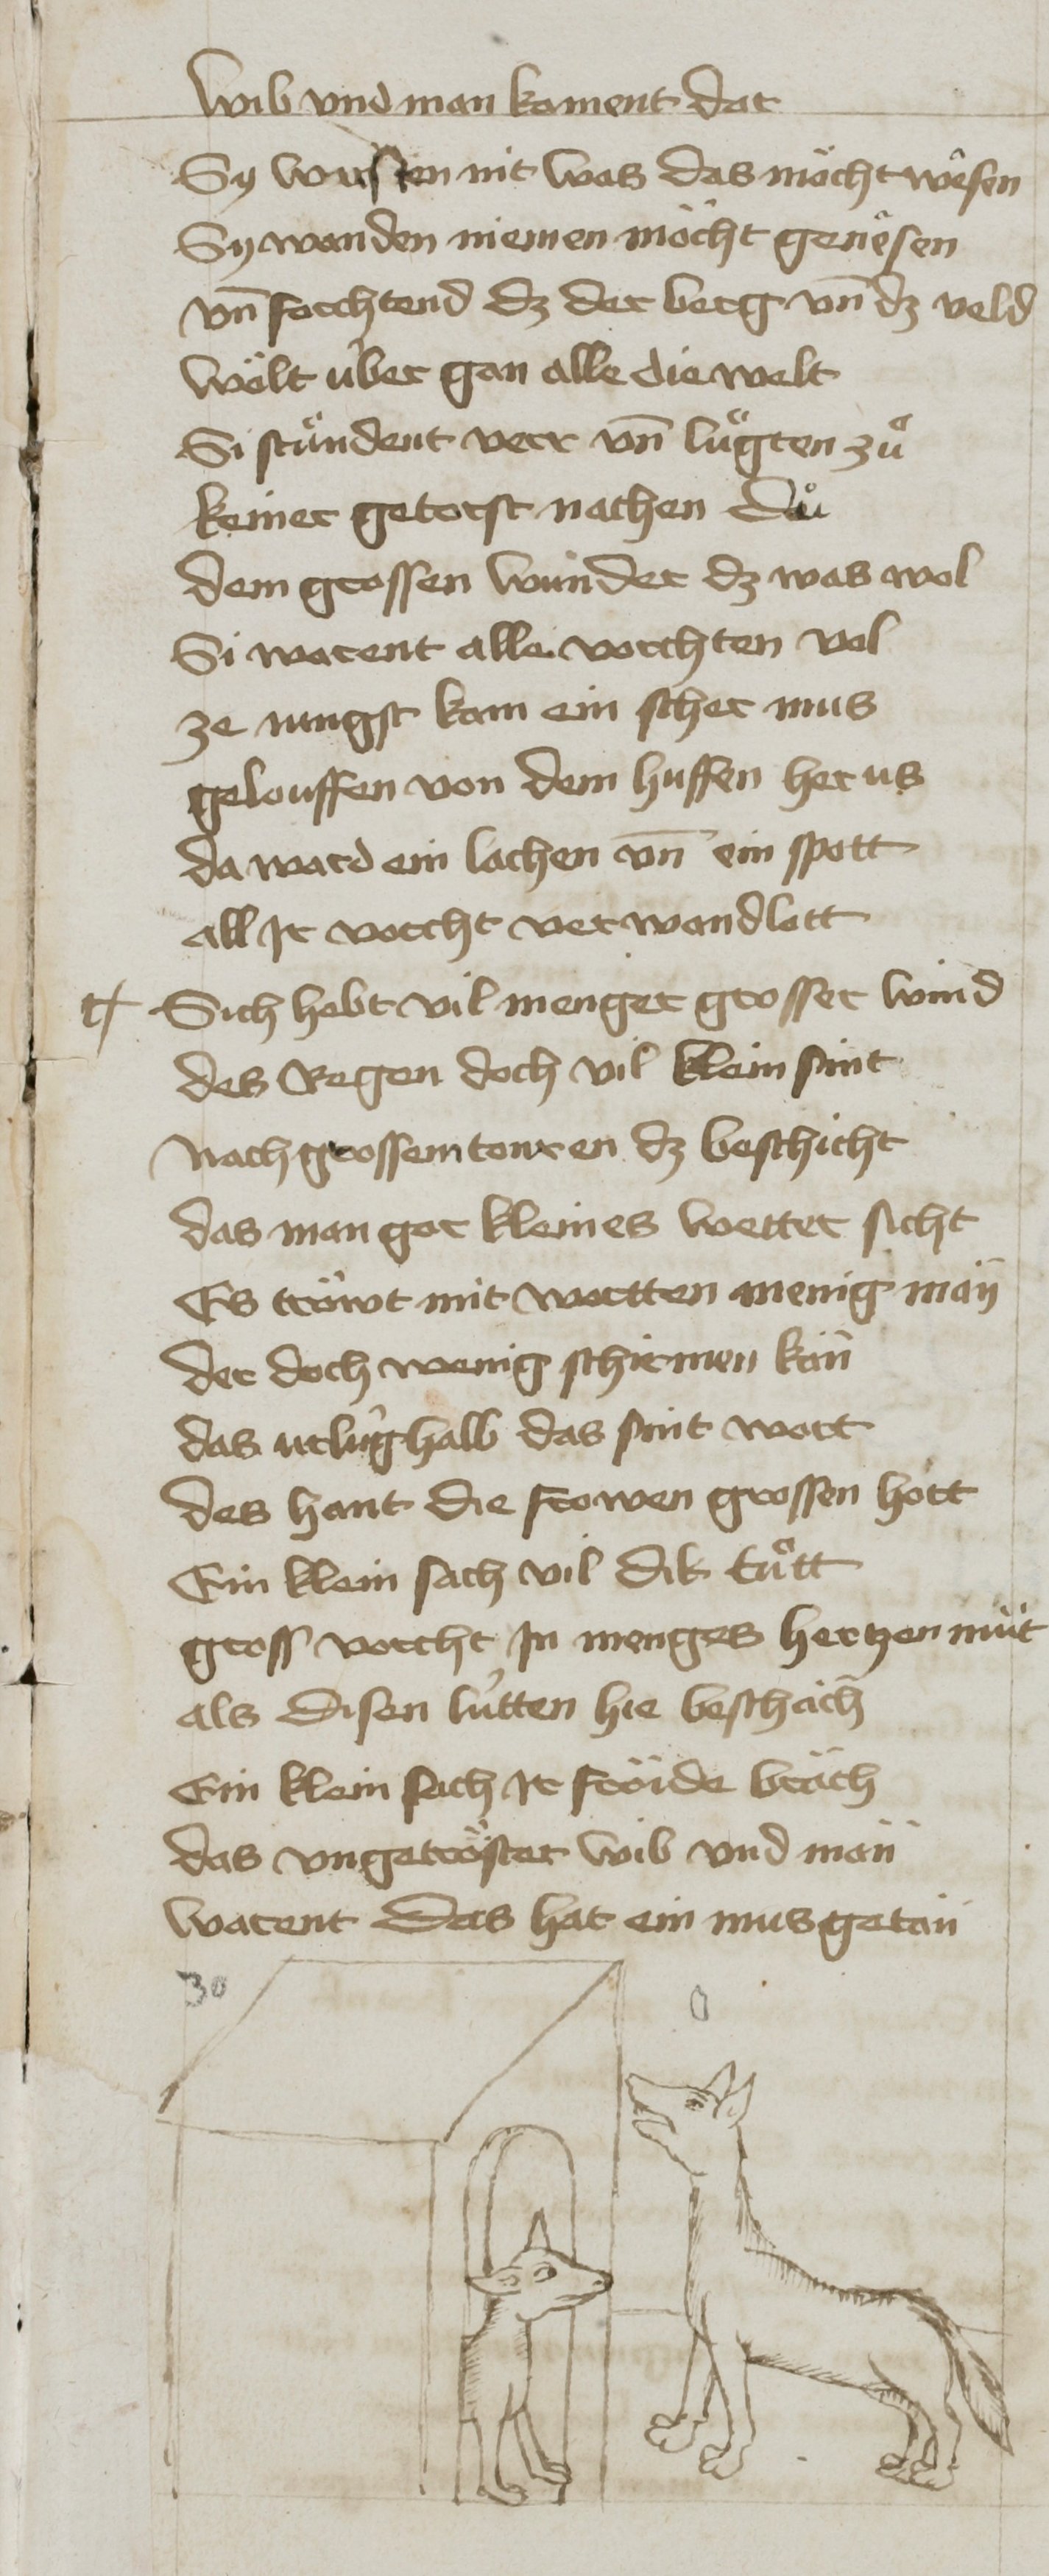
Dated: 1400–1499